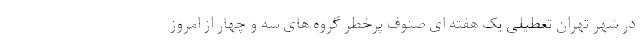
در شهر تهران تعطیلی یک هفته ای صنوف پرخطر گروه های سه و چهار از امروز